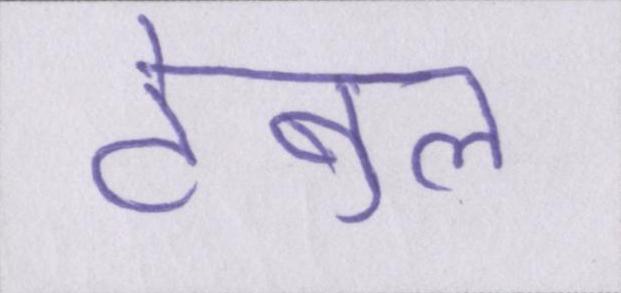
टेबुल